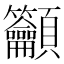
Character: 𥸤